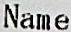
NAME